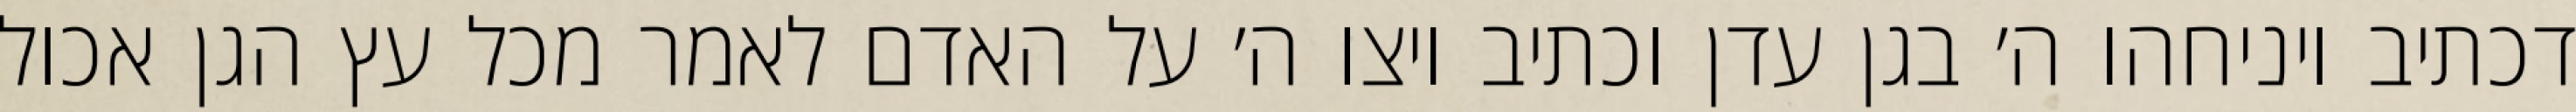
דכתיב ויניחהו ה׳ בגן עדן וכתיב ויצו ה׳ על האדם לאמר מכל עץ הגן אכול